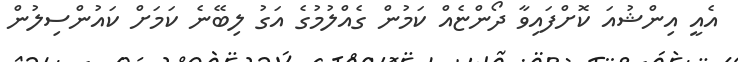
އެއީ އިންޝުއަ ކޮށްފައިވާ ދޯންޏެއް ކަމުން ގެއްލުމުގެ އަގު ލިބޭނެ ކަމަށް ކައުންސިލުން